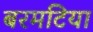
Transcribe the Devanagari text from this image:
बरमटिया